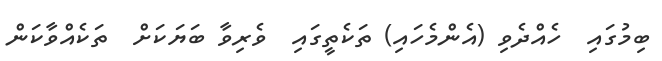
ބިމުގައި  ހެއްދެވި (އެންމެހައި) ތަކެތީގައި  ވެރިވާ ބަޔަކަށް  ތަކެއްވާކަން